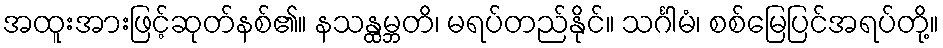
အထူးအားဖြင့်ဆုတ်နစ်၏။ နသန္ထမ္ဘတိ၊ မရပ်တည်နိုင်။ သင်္ဂါမံ၊ စစ်မြေပြင်အရပ်တို့။